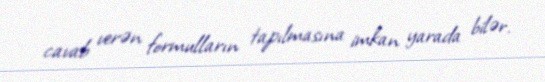
cavab verən formulların tapılmasına imkan yarada bilər.